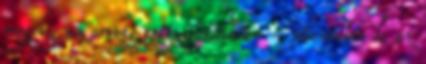
reggelig az ország egész területén - jelentette be az